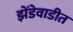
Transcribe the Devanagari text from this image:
झेंडेवाडीत